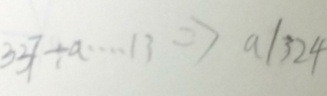
3 3 7 \div a \cdots 1 3 \Rightarrow a / 3 2 4